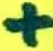
Text: +